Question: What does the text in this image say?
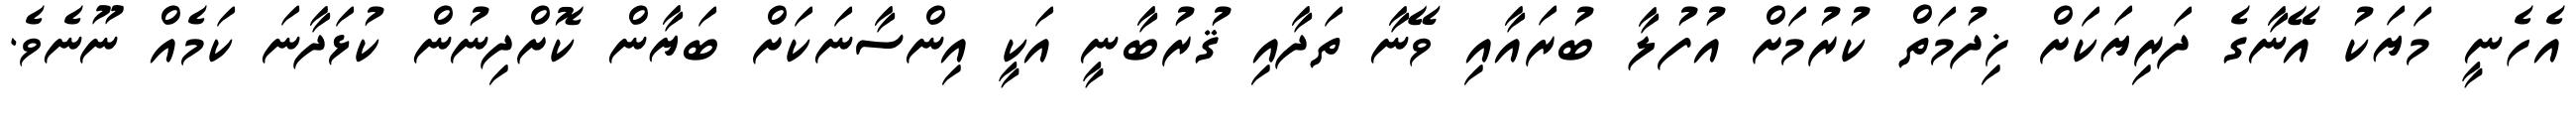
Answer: އެހެނީ މަޔަކު އޭނާގެ ދަރިޔަކަށް ޚިދުމަތް ކުރުމަށް އުފުލާ ބުރައާއި ވޭނާ ތަދާއި ޤުރުބާނީ އަކީ އިންސާނަކަށް ބަޔާން ކޮށްދިނުން ކުޅަދާނަ ކަމެއް ނޫނެވެ.